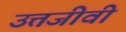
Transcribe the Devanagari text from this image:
उत्तजीवी